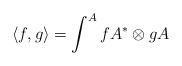
LaTeX: \begin{align*}\langle f,g\rangle = \int^A fA^*\otimes gA\end{align*}